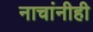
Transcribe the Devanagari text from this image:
नाचांनीही